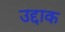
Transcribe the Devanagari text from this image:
उद्दाक